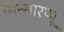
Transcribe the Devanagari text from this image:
मिन्सारप्पू